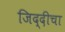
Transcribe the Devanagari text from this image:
जिद्दीचा